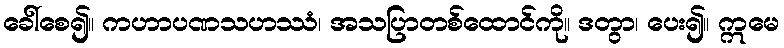
ခေါ်စေ၍။ ကဟာပဏသဟဿံ၊ အသပြာတစ်ထောင်ကို။ ဒတွာ၊ ပေး၍။ ဣမေ